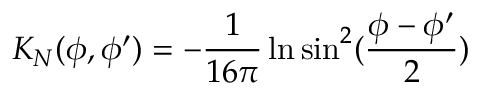
K _ { N } ( \phi , \phi ^ { \prime } ) = - { \frac { 1 } { 1 6 \pi } } \ln \sin ^ { 2 } ( { \frac { \phi - \phi ^ { \prime } } { 2 } } )